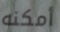
أمكنه